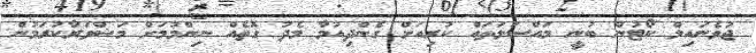
ޖުވެނައިލް ކޯޓުން ބުނީ މައްސަލަތައް ކުރިއަށް ގެންދިއުމާ މެދު ގޮތެއް ނިންމުމަށް މަޝްވަރާކުރަމުން